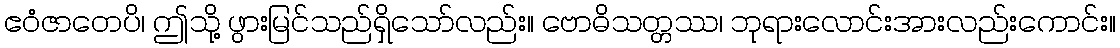
ဧဝံဇာတေပိ၊ ဤသို့ ဖွားမြင်သည်ရှိသော်လည်း။ ဗောဓိသတ္တဿ၊ ဘုရားလောင်းအားလည်းကောင်း။